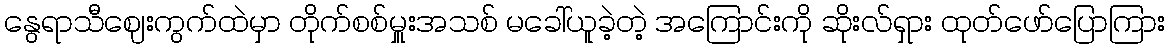
နွေရာသီဈေးကွက်ထဲမှာ တိုက်စစ်မှူးအသစ် မခေါ်ယူခဲ့တဲ့ အကြောင်းကို ဆိုးလ်ရှား ထုတ်ဖော်ပြောကြား